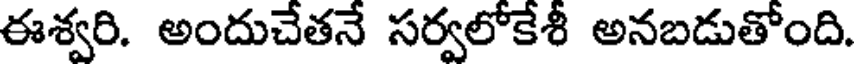
ఈశ్వరి. అందుచేతనే సర్వలోకేశీ అనబడుతోంది.